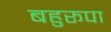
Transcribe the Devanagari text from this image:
बहुरूपा